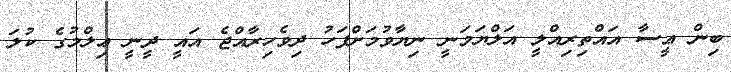
ބިން ޢީސާ އައްތިރިއްލީ އަލްޔަމަނީ ނިޔާވުމަށްފަހު ދިވެހިރާއްޖެ އައީ ދީނީ ޢިލްމުގެ ކުލަ